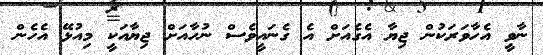
ނާވީ އެހާވަރަކުން ޖިޔާ އެގެއަށް އެ ގެނައީވެސް ނުހާއަށް ޖިޔާއަކީ މިއުޅޭ އެހެން